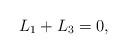
LaTeX: \begin{align*} L_1 + L_3 = 0,\end{align*}